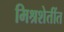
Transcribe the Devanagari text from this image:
मिश्रशेतींत